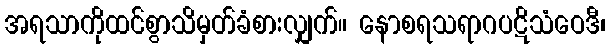
အရသာကိုထင်စွာသိမှတ်ခံစားလျှက်။ နောစရသရာဂပဋိသံဝေဒီ၊